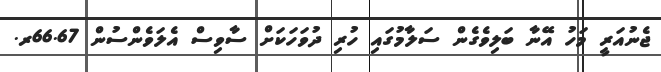
ޖެނުއަރީ މަހު އޭނާ ބަލިވެގެން ސަލާމުގައި ހުރި ދުވަހަކަށް ސާވިސް އެލަވެންސުން 66.67ރ.